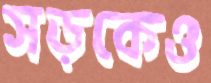
সড়কেও